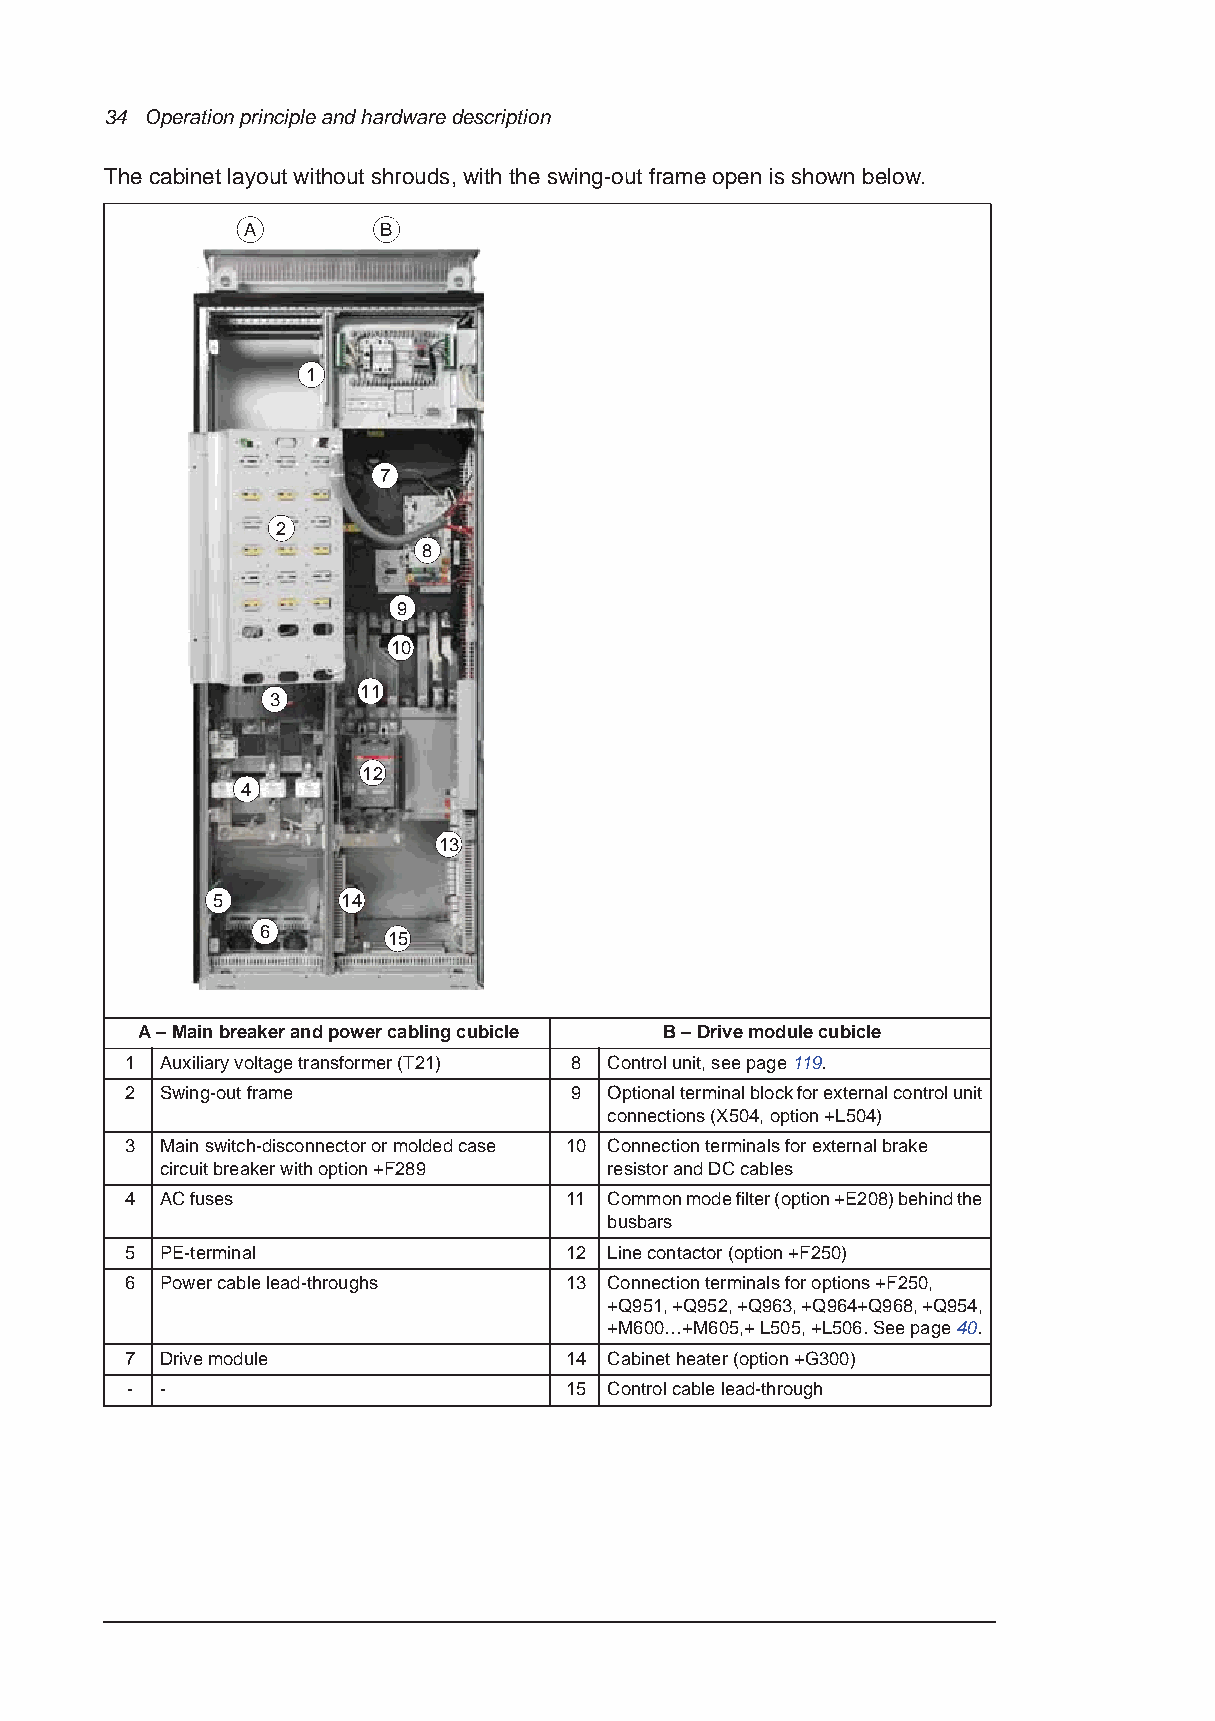
34 Operation principle and hardware description
 The cabinet layout without shrouds, with the swing-out frame open is shown below.
 A        B
 1
 7
 2
 8
 9
 10
 11
 3
 12
 4
 13
 5        14
 6
 15
 A – Main breaker and power cabling cubicle B – Drive module cubicle
 1  Auxiliary voltage transformer (T21) 8 Control unit, see page 119.
 2  Swing-out frame            9 Optional terminal block for external control unit
 connections (X504, option +L504)
 3  Main switch-disconnector or molded case 10 Connection terminals for external brake
 circuit breaker with option +F289 resistor and DC cables
 4  AC fuses                   11 Common mode filter (option +E208) behind the
 busbars
 5  PE-terminal               12 Line contactor (option +F250)
 6  Power cable lead-throughs 13 Connection terminals for options +F250,
 +Q951, +Q952, +Q963, +Q964+Q968, +Q954,
 +M600…+M605,+ L505, +L506. See page 40.
 7  Drive module              14 Cabinet heater (option +G300)
 -  -                         15 Control cable lead-through